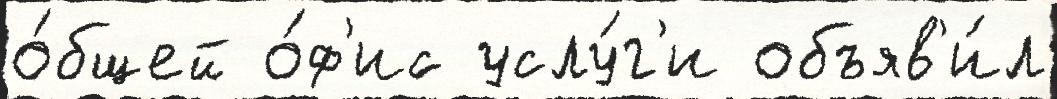
о́бщей о́ф'ис услу́г'и объяв'и́л